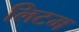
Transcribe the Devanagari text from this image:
लिटम